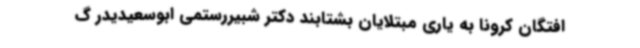
افتگان کرونا به یاری مبتلایان بشتابند دکتر شبیررستمی ابوسعیدیدر گ